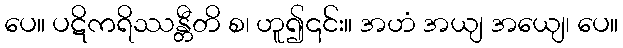
ပေ။ ပဋိကရိဿန္တီတိ စ၊ ဟူ၍၎င်း။ အဟံ အယျ အယျေ၊ ပေ။